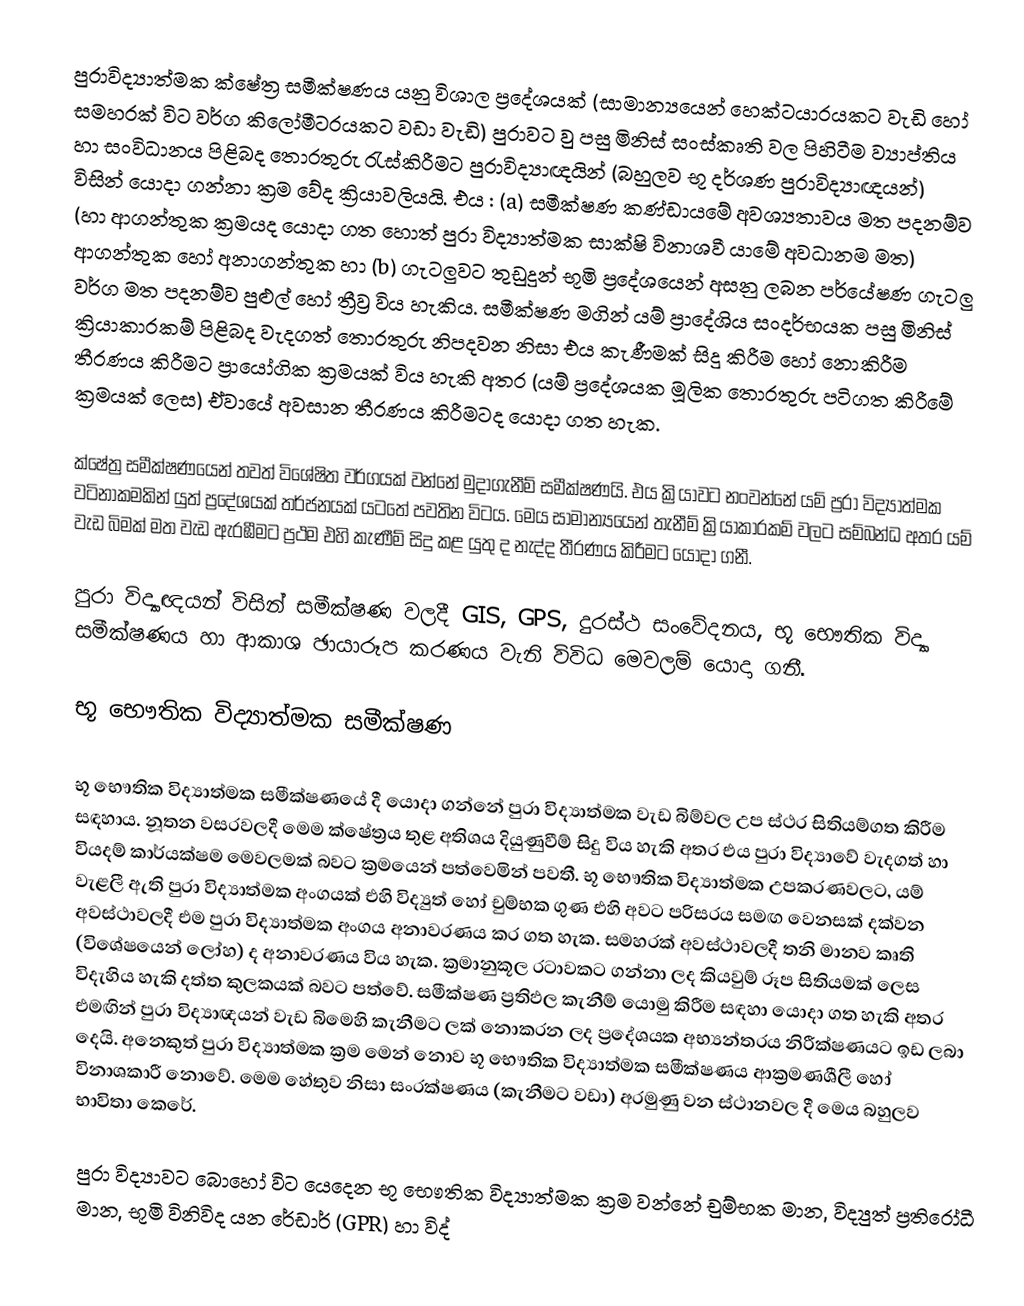
පුරාවිද්‍යාත්මක ක්ෂේත්‍ර සමීක්ෂණය යනු විශාල ප්‍රදේශයක් (සාමාන්‍යයෙන් හෙක්ටයාරයකට වැඩි හෝ සමහරක් විට වර්ග කිලෝමීටරයකට වඩා වැඩි) පුරාවට වු පසු මිනිස් සංස්කෘති වල පිහිටීම ව්‍යාප්තිය හා සංවිධානය පිළිබද තොරතුරු රැස්කිරීමට පුරාවිද්‍යාඥයින් (බහුලව භූ දර්ශණ පුරාවිද්‍යාඥයන්)  විසින් යොදා ගන්නා ක්‍රම වේද ක්‍රියාවලියයි. එය : (a) සමීක්ෂණ කණ්ඩායමේ අවශ්‍යතාවය මත පදනම්ව (හා ආගන්තුක ක්‍රමයද යොදා ගත හොත් පුරා විද්‍යාත්මක සාක්ෂි විනාශවී යාමේ අවධානම මත) ආගන්තුක හෝ අනාගන්තුක හා (b) ගැටලුවට තුඩුදුන් භූමි ප්‍රදේශයෙන් අසනු ලබන පර්යේෂණ ගැටලු වර්ග මත පදනම්ව පුළුල් හෝ ත්‍රීව්‍ර විය හැකිය. සමීක්ෂණ මගින් යම් ප්‍රාදේශිය සංදර්භයක පසු මිනිස් ක්‍රියාකාරකම් පිළිබද වැදගත් තොරතුරු නිපදවන නිසා එය කැණීමක් සිදු කිරීම හෝ නොකිරීම තීරණය කිරීමට ප්‍රායෝගික ක්‍රමයක් විය හැකි අතර (යම් ප්‍රදේශයක මූලික තොරතුරු පටිගත කිරීමේ ක්‍රමයක් ලෙස) ඒවායේ අවසාන තීරණය කිරීමටද යොදා ගත හැක.

ක්ෂේත්‍ර සමීක්ෂණයෙන් තවත් විශේෂිත වර්ගයක් වන්නේ මුදාගැනීම් සමීක්ෂණයි. එය ක්‍රියාවට නංවන්නේ යම් ප්‍රරා විද්‍යාත්මක වටිනාකමකින් යුත් ප්‍රදේශයක් තර්ජනයක් යටතේ පවතින විටය. මෙය සාමාන්‍යයෙන් තැනීම් ක්‍රියාකාරකම් වලට සම්බන්ධ අතර යම් වැඩ බිමක් මත වැඩ ඇරඹීමට ප්‍රථම එහි කැණීම් සිදු කළ යුතු ද නැද්ද තීරණය කිරීමට යොදා ගනී.

පුරා විද්‍යාඥයන් විසින් සමීක්ෂණ වලදී GIS, GPS, දුරස්ථ සංවේදනය, භූ ‍භෞතික විද්‍යා සමීක්ෂණය හා ආකාශ ඡායාරූප කරණය වැනි විවිධ මෙවලම් යොදා ගනී.

භූ භෞතික විද්‍යාත්මක සමීක්ෂණ

භූ භෞතික විද්‍යාත්මක සමීක්ෂණයේ දී යොදා ගන්නේ පුරා විද්‍යාත්මක වැඩ බිම්වල උප ස්ථර සිතියම්ගත කිරීම සඳහාය. නූතන වසරවලදී මෙම ක්ෂේත්‍රය තුළ අතිශය දියුණුවීම් සිදු විය හැකි අතර එය පුරා විද්‍යාවේ වැදගත් හා වියදම් කාර්යක්ෂම මෙවලමක් බවට ක්‍රමයෙන් පත්වෙමින් පවතී. භූ භෞතික විද්‍යාත්මක උපකරණවලට, යම් වැළලී ඇති පුරා විද්‍යාත්මක අංගයක් එහි විද්‍යුත් හෝ චුම්භක ගුණ එහි අවට පරිසරය සමඟ වෙනසක් දක්වන අවස්ථාවලදී එම පුරා විද්‍යාත්මක අංගය අනාවරණය කර ගත හැක. සමහරක් අවස්ථාවලදී තනි මානව කෘති (විශේෂයෙන් ලෝහ) ද අනාවරණය විය හැක. ක්‍රමානුකූල රටාවකට ගන්නා ලද කියවුම් රූප සිතියමක් ලෙස විදැහිය හැකි දත්ත කුලකයක් බවට පත්වේ. සමීක්ෂණ ප්‍රතිඵල කැනීම් යොමු කිරීම සඳහා යොදා ගත හැකි අතර එමඟින් පුරා විද්‍යාඥයන් වැඩ බිමෙහි කැනීමට ලක් නොකරන ලද ප්‍රදේශයක අභ්‍යන්තරය නිරීක්ෂණයට ඉඩ ලබා දෙයි. අනෙකුත් පුරා විද්‍යාත්මක ක්‍රම මෙන් නොව භූ භෞතික විද්‍යාත්මක සමීක්ෂණය ආක්‍රමණශීලී හෝ විනාශකාරී නොවේ. මෙම හේතුව නිසා සංරක්ෂණය (කැනීමට වඩා) අරමුණු වන ස්ථානවල දී මෙය බහුලව භාවිතා කෙරේ.

පුරා විද්‍යාවට බොහෝ විට යෙදෙන භූ භෞතික විද්‍යාත්මක ක්‍රම වන්නේ චුම්භක මාන, විද්‍යුත් ප්‍රතිරෝධී මාන, භූමි විනිවිද යන රේඩාර් (GPR) හා විද්‍